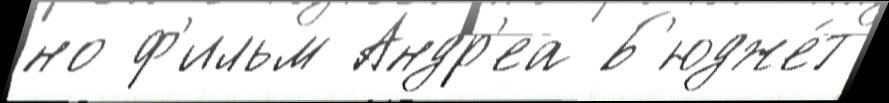
но ф'ильм Андр'еа Б'юдже́т